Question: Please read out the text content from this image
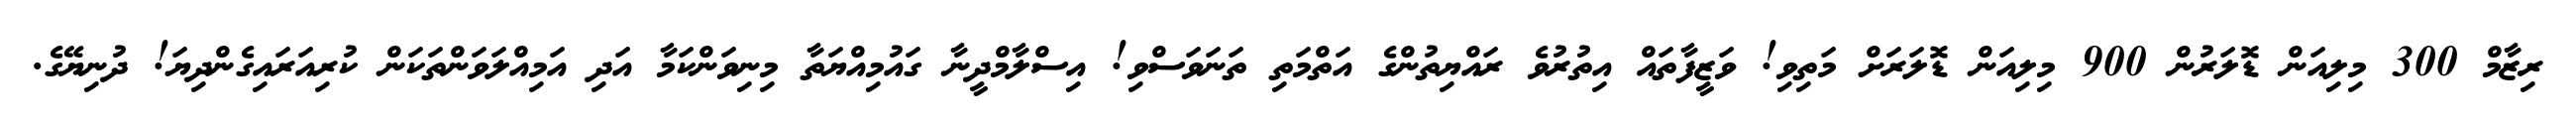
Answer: ރިޒާމް 300 މިލިއަން ޑޮލަރުން 900 މިލިއަން ޑޮލަރަށް މަތިވި! ވަޒީފާތައް އިތުރުވެ ރައްޔިތުންގެ އަތްމަތި ތަނަވަސްވި! އިސްލާމްދީނާ ގައުމިއްޔަތާ މިނިވަންކަމާ އަދި އަމިއްލަވަންތަކަން ކުރިއަރައިގެންދިޔަ! ދުނިޔޭގެ.